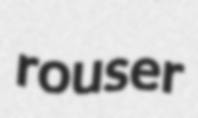
rouser